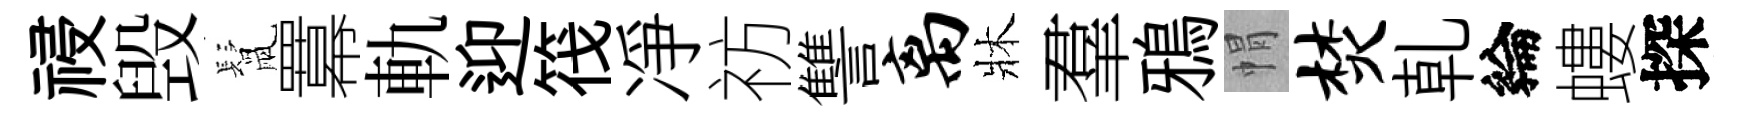
祲毁鬛羃軌迎筏凈祊讐离牀羣鴉㡌焚乹綸螻探